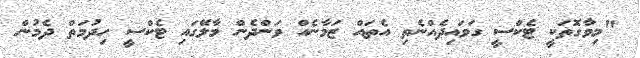
"މިވާގޮތަކީ ޓެކްސީ ގަވައިދެއްނެތި އެތައް ޒަމާނެއް ވަންދެން މާލޭގައި ޓެކްސީ ހިދުމަތް ދެމުން